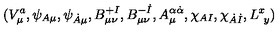
( V _ { \mu } ^ { a } , \psi _ { A \mu } , \psi _ { \dot { A } \mu } , B _ { \mu \nu } ^ { + I } , B _ { \mu \nu } ^ { - \dot { I } } , A _ { \mu } ^ { \alpha \dot { \alpha } } , \chi _ { A I } , \chi _ { \dot { A } \dot { I } } , L _ { \ y } ^ { x } )